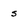
Character: s